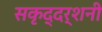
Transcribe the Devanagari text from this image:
सकृद्दर्शनी